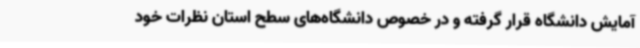
آمایش دانشگاه قرار گرفته و در خصوص دانشگاه‌های سطح استان نظرات خود